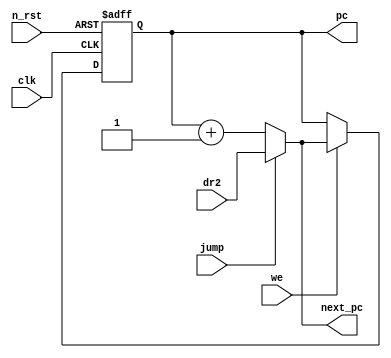
module program_counter(clk, n_rst, we, jump, dr2, next_pc, pc);
   input clk, n_rst, we, jump;
   input [31:0] dr2;
   output [31:0]     next_pc;
   output reg [31:0] pc;

   assign next_pc = (jump == 1'b0) ? pc + 32'd1 : dr2;
   
   always @(posedge clk or negedge n_rst) begin
      if (n_rst == 1'b0) begin
	 pc <= 32'hffffffff;
      end else if (we == 1'b1) begin
	 pc <= next_pc;
      end
   end
endmodule